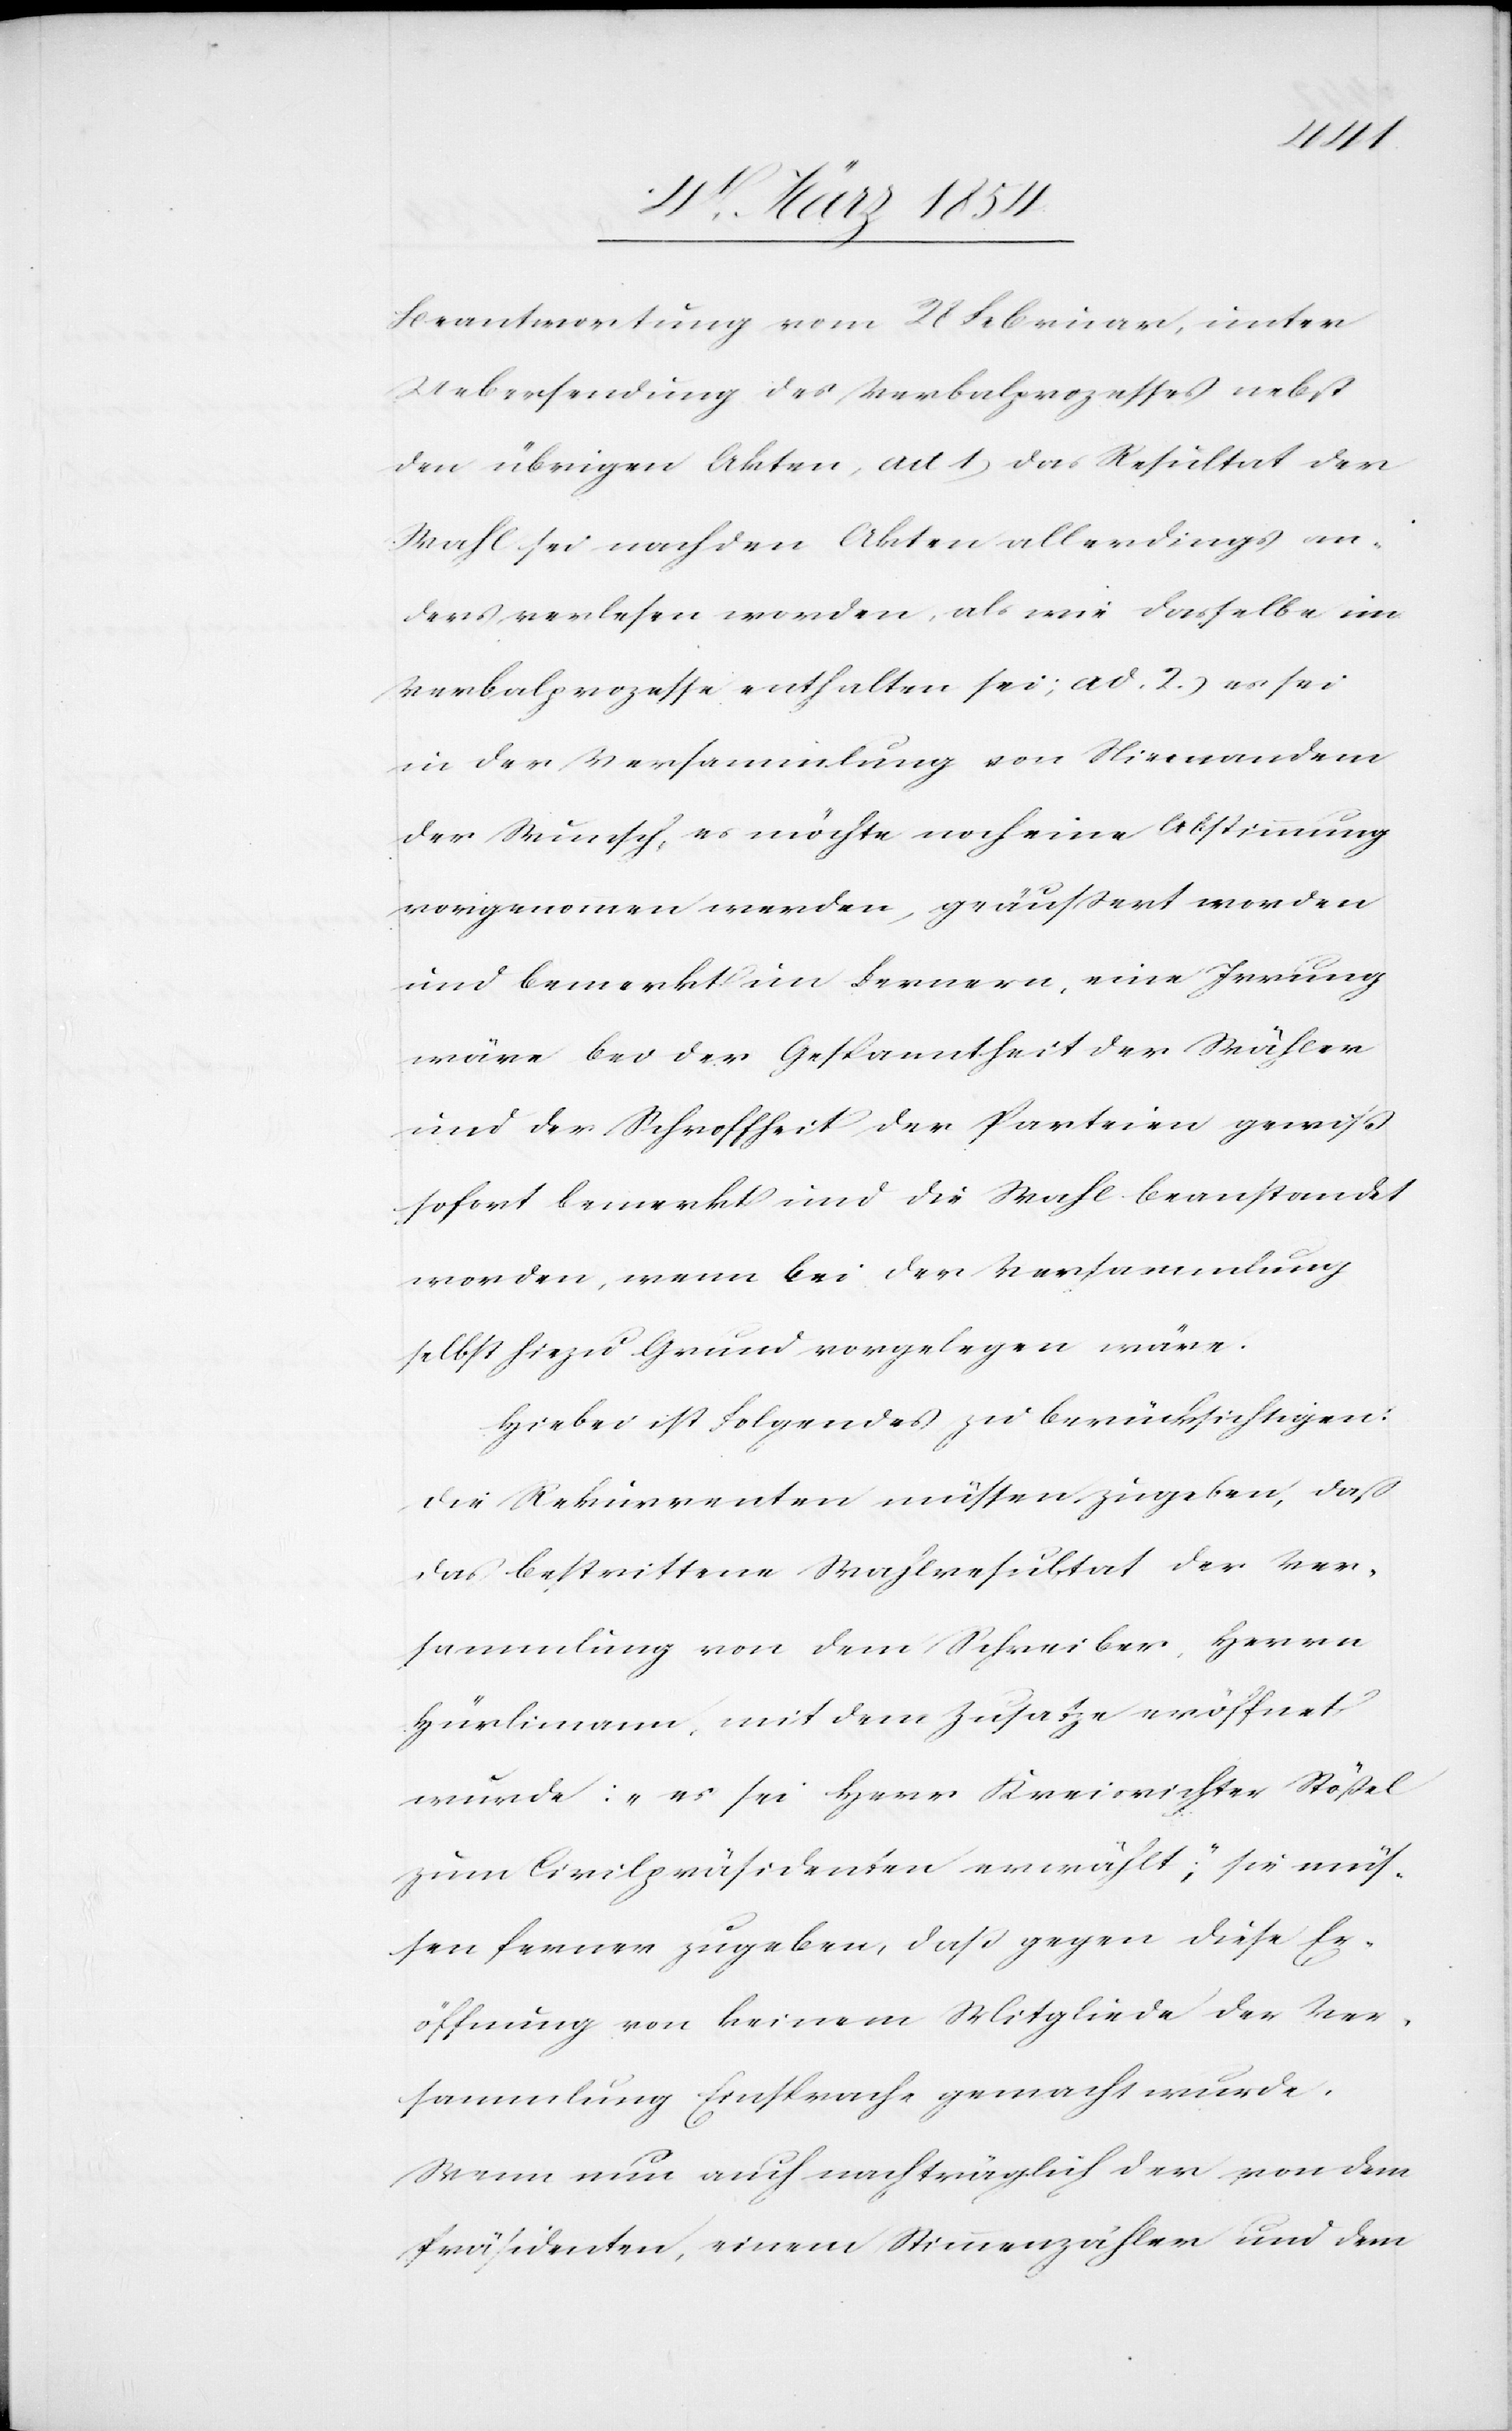
Beantwortung vom 28 Februar, unter
Uebersendung des Verbalprozesses nebst
den übrigen Akten, ad 1) das Resultat der
Wahl sei nach den Akten allerdings an¬
ders verlesen worden, als wie dasselbe im
Verbalprozesse enthalten sei; ad. 2.) es sei
in der Versammlung von Niemandem
der Wunsch, es möchte noch eine Abstimmung
vorgenommen werden, geäußert worden
und bemerkt im Fernern, eine Irrung
wäre bei der Gespanntheit der Wähler
und der Schroffheit der Parteien gewiß
sofort bemerkt und die Wahl beanstandet
worden, wenn bei der Versammlung
selbst hiezu Grund vorgelegen wäre.
Hiebei ist Folgendes zu berücksichtigen:
Die Rekurrenten müssen zugeben, daß
das bestrittene Wahlresultat der Ver¬
sammlung von dem Schreiber, Herrn
Hürlimann, mit dem Zusatze eröffnet
wurde: „es sei Herr Kreisrichter Stößel
zum Civilpräsidenten erwählt“; sie müs¬
sen ferner zugeben, daß gegen diese Er¬
öffnung von keinem Mitgliede des Ver¬
sammlung Einsprache gemacht wurde.
Wenn nun auch nachträglich der, von dem
Präsidenten, einem Stimmenzähler und dem